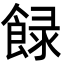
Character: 𩛼